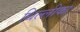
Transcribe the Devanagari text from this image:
धिल्लीका